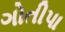
ગોતીપા